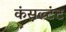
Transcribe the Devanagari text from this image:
कंसल्टंट